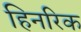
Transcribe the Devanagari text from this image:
हिनरिक